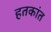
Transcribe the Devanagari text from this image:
हतकांत